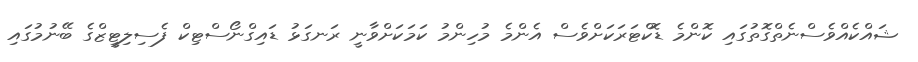
ޝައްކެއްވެސްނެތްގޮތުގައި ކޮންމެ ޑޮކްޓަރަކަށްވެސް އެންމެ މުހިންމު ކަމަކަށްވާނީ ރަނގަޅު ޑައިގްނޯސްޓިކް ފެސިލިޓީޒްގެ ބޭނުމުގައި